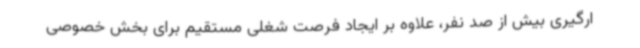
ارگیری بیش از صد نفر، علاوه بر ایجاد فرصت شغلی مستقیم برای بخش خصوصی